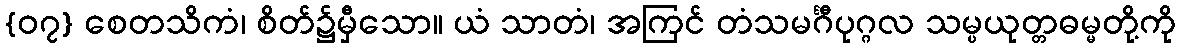
{၀၇} စေတသိကံ၊ စိတ်၌မှီသော။ ယံ သာတံ၊ အကြင် တံသမင်္ဂီပုဂ္ဂလ သမ္ပယုတ္တဓမ္မတို့ကို